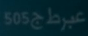
505عبرطج